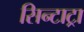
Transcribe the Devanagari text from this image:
सिन्टाट्रा